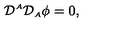
{ \cal D } ^ { \scriptscriptstyle A } { \cal D } _ { \scriptscriptstyle A } \phi = 0 ,